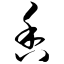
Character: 香